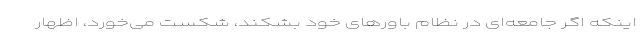
اینکه اگر جامعه‌ای در نظام باورهای خود بشکند، شکست می‌خورد، اظهار